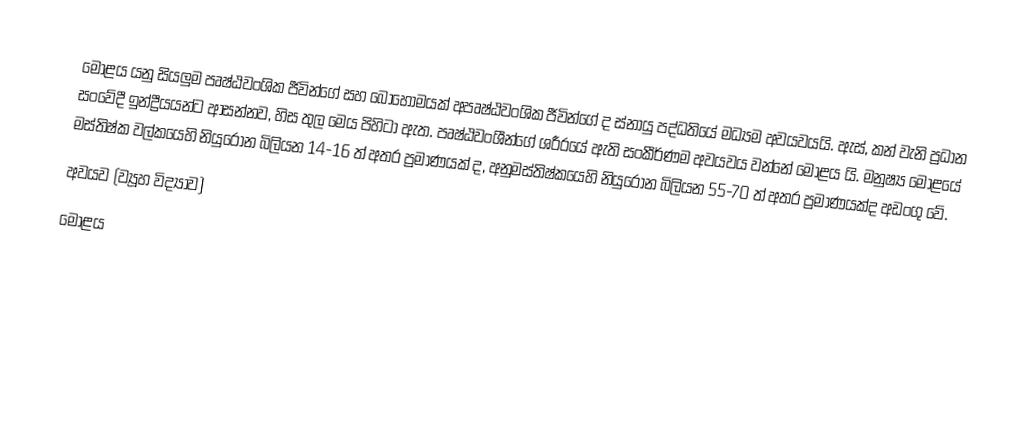
මොළය යනු සියලුම පෘෂ්ඨවංශික ජීවින්ගේ සහ බොහොමයක් අපෘෂ්ඨවංශික ජීවින්ගේ ද ස්නායු පද්ධතියේ මධ්‍යම අවයවයයි. ඇස්, කන් වැනි ප්‍රධාන සංවේදී ඉන්ද්‍රීයයන්ට ආසන්නව, හිස තුල මෙය පිහිටා ඇත. පෘෂ්ඨවංශීන්ගේ ශරීරයේ ඇති සංකීර්ණම අවයවය වන්නේ මොළය යි. මනුෂ්‍ය මොළයේ මස්තිෂ්ක වල්කයෙහි නියුරෝන බිලියන 14-16 ත් අතර ප්‍රමාණයක් ද, අනුමස්තිෂ්කයෙහි නියුරෝන බිලියන 55-70 ත් අතර ප්‍රමාණයක්ද අඩංගු වේ.
අවයව (ව්‍යූහ විද්‍යාව)
මොළය